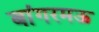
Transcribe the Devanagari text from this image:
बांगरमऊ